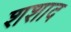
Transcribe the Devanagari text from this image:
शशाद